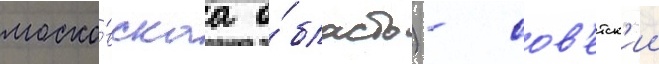
моско́вскаа о́бласть) - сов'етск'ии